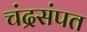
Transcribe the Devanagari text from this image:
चंद्रसंपत